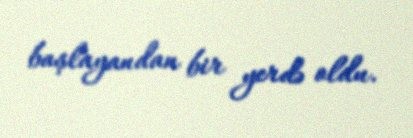
başlayandan bir yerdə oldu.